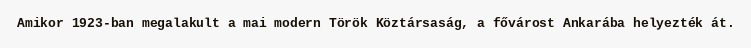
Amikor 1923-ban megalakult a mai modern Török Köztársaság, a fővárost Ankarába helyezték át.